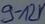
Text: 9-12V